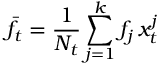
\bar { f } _ { t } = \frac { 1 } { N _ { t } } \sum _ { j = 1 } ^ { k } f _ { j } \, x _ { t } ^ { j }